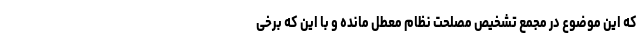
که این موضوع در مجمع تشخیص مصلحت نظام معطل مانده و با این که برخی